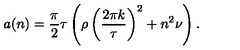
a ( n ) = \frac { \pi } { 2 } \tau \left( \rho \left( \frac { 2 \pi k } { \tau } \right) ^ { 2 } + n ^ { 2 } \nu \right) .